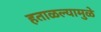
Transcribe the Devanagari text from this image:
हताळल्यामुळे